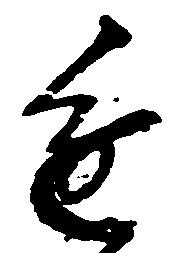
進